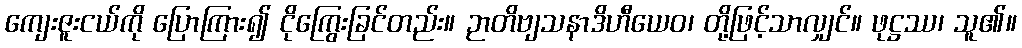
ကျေးဇူးငယ်ကို ပြောကြား၍ ငိုကြွေးခြင်တည်း။ ဉာတိဗျသနာဒိဟီယေဝ၊ တို့ဖြင့်သာလျှင်။ ဖုဋ္ဌဿ၊ သူ၏။